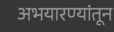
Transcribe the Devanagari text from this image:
अभयारण्यांतून